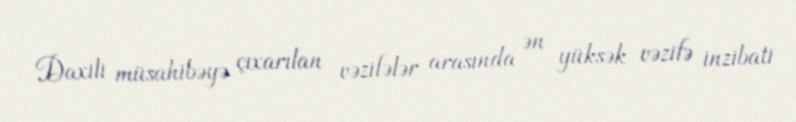
Daxili müsahibəyə çıxarılan vəzifələr arasında ən yüksək vəzifə inzibati